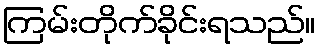
ကြမ်းတိုက်ခိုင်းရသည်။